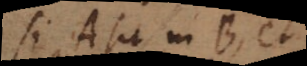
Si A sit in B, et